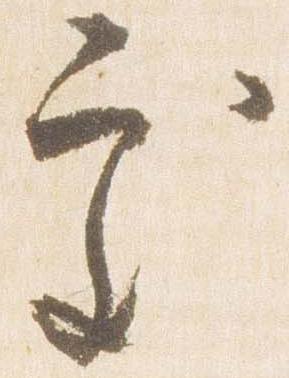
処